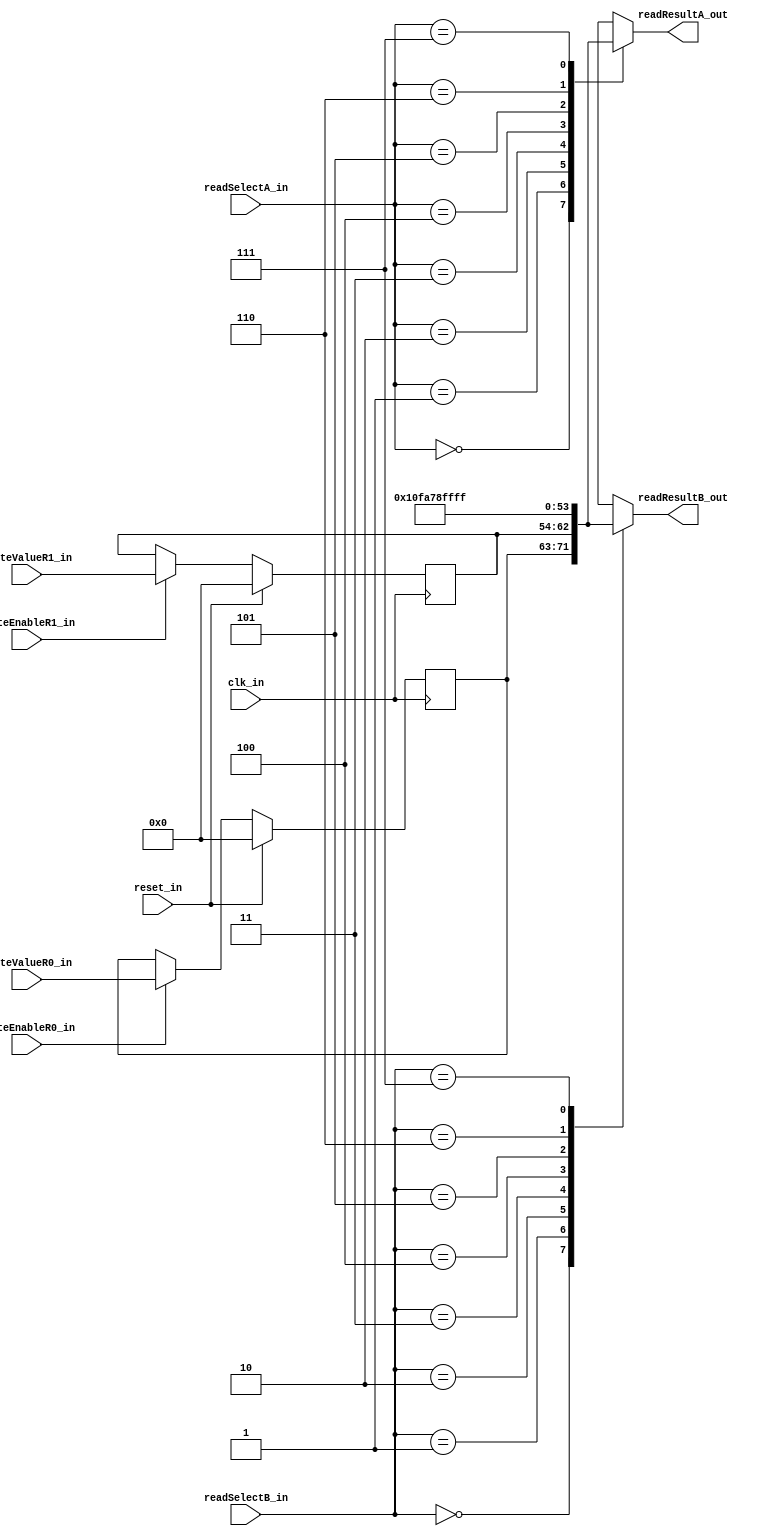
module ExpRegisterFile(clk_in, reset_in, writeEnableR0_in, writeEnableR1_in, writeValueR0_in, writeValueR1_in,
						 readSelectA_in, readSelectB_in,  readResultA_out, readResultB_out); 

	//default register width						 	
	parameter REGISTER_WIDTH = 'd9; 
	
	//default constant register contents
	parameter CONST0_VALUE = 9'd0;	 //zero
	parameter CONST1_VALUE = 9'd1;	 //one
	parameter CONST2_VALUE = 9'd31;	 //radix point position
	parameter CONST3_VALUE = 9'd158; //exponent const used by int2fp
	parameter CONST4_VALUE = 9'd127; //BIAS
	parameter CONST5_VALUE = 9'd511; //all ones

//PORTS
	input clk_in, reset_in;
	input writeEnableR0_in, writeEnableR1_in;
	input [REGISTER_WIDTH-1:0] writeValueR0_in, writeValueR1_in;
	input [2:0] readSelectA_in, readSelectB_in;
	output reg [REGISTER_WIDTH-1:0] readResultA_out, readResultB_out;

//INTERNAL REGISTERS		  
	//GPR
	reg [REGISTER_WIDTH-1:0] reg0, reg1;
			
	always @(readSelectA_in, readSelectB_in, reg0, reg1) begin
		case (readSelectA_in)
			3'b000: readResultA_out = reg0;
			3'b001: readResultA_out = reg1;
			3'b010: readResultA_out = CONST0_VALUE;
			3'b011: readResultA_out = CONST1_VALUE;
			3'b100: readResultA_out = CONST2_VALUE;
			3'b101: readResultA_out = CONST3_VALUE;
			3'b110: readResultA_out = CONST4_VALUE;
			3'b111: readResultA_out = CONST5_VALUE;
		endcase
		
		case (readSelectB_in)
			3'b000: readResultB_out = reg0;
			3'b001: readResultB_out = reg1;
			3'b010: readResultB_out = CONST0_VALUE;
			3'b011: readResultB_out = CONST1_VALUE;
			3'b100: readResultB_out = CONST2_VALUE;
			3'b101: readResultB_out = CONST3_VALUE;
			3'b110: readResultB_out = CONST4_VALUE;
			3'b111: readResultB_out = CONST5_VALUE;
		endcase
	end
	
	
	always @(posedge clk_in) begin
		if (reset_in) begin // reset registers?
			reg0 <= 0;
			reg1 <= 0;
		end else begin 						   
			//update reg0?
			if (writeEnableR0_in) reg0 <= writeValueR0_in;
		
			 //update reg1?
			if (writeEnableR1_in) reg1 <= writeValueR1_in;
		end		
	end
endmodule